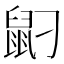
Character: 𪔸